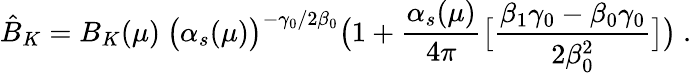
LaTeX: \hat{B}_{K}=B_{K}(\mu)\ \big(\alpha_{s}(\mu)\big)^{-\gamma_{0}/2\beta_{0}}\big(1+{\frac{\alpha_{s}(\mu)}{4\pi}}\big[{\frac{\beta_{1}\gamma_{0}-\beta_{0}\gamma_{0}}{2\beta_{0}^{2}}}\big]\big)\ .